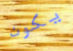
يكون